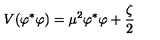
V ( \varphi ^ { \ast } \varphi ) = \mu ^ { 2 } \varphi ^ { \ast } \varphi + \frac { \zeta } { 2 }